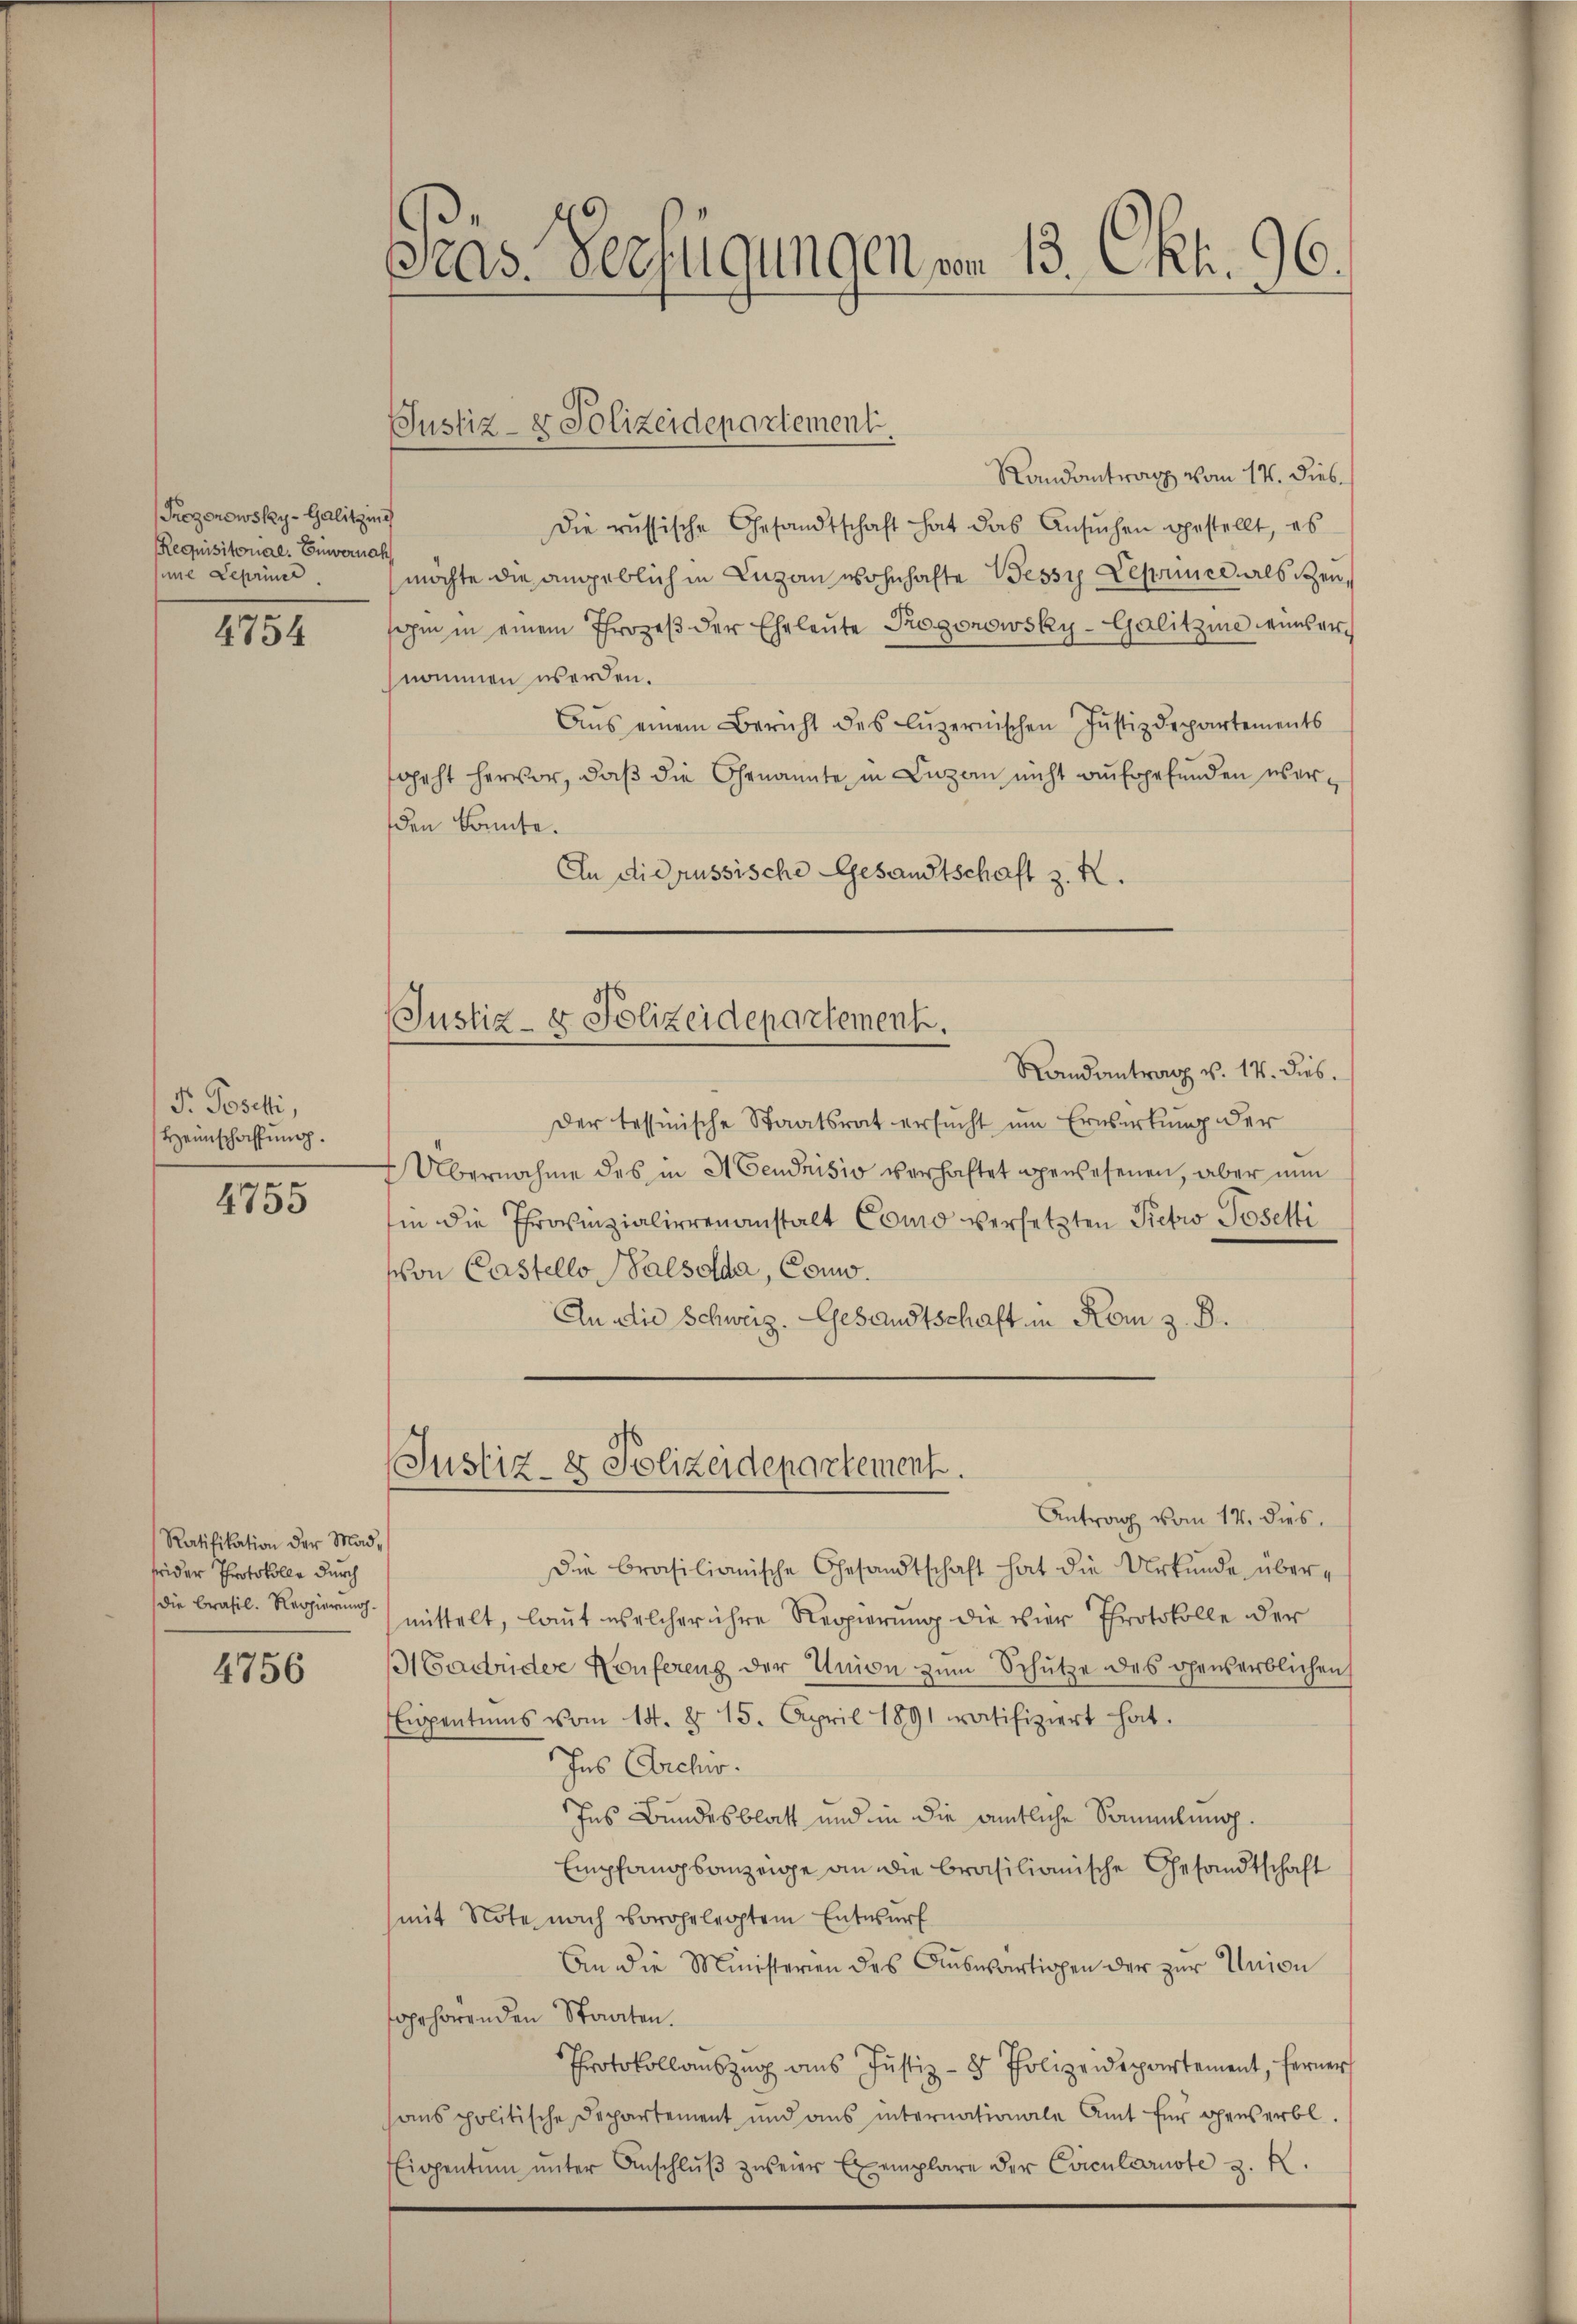
Prozonowsky-Galitzin
Requisitonal. Enworna
sine Leprie

4754

F. Poschli,
Heimschaffung.
e

4155

Ratifikation der Mad,
frider Protokolle durch
die Brasil. Regierung

4756

Präs. Verfügungen von 13. Okt. 96.

Justiz- & Polizeidepartement

(Justiz- & Polizeidepartement.
Randantrag v. 14. Dieb.

Randantrag vom 17. Dieba
Die russische Gesandtschaft hat das Ansŭchen gestellt, es
möchte die angeblich in Luzan wohnhafte Wessy Leprince, als Ben
sohn in einem Throzeβ der Eheleute Progonowsky-Galitzine weinsernommen werden.
Aŭs einem Bericht des Lŭzernischen Justizdepartements
geht hervor, daß die Genannte in Luzern nicht aufgefunden werden konnte.
An die russische Gesandtschaft z. R.
Der tessinische Staatsrat ersŭcht um Erwirkung der
 Übernahme des in Abendrisis verhaftet gewesenen, aber nun
hin die Provinzialierenanstalt Como versetzten Pietro Posetti
schon Castello-Valsolda, Como¬
An die Schweiz. Gesandtschaft in Kom z. B.
Justiz- & Polizeidepartement.
Antrag vom 14. dies
die Brasilianische Gesandtschaft hat die Urkunde übermittelt, laut welcher ihre Regierung die vier Protokolle der
Madrider Konferenz der Union zum Schütze des gewerblichen
Eispentums vom 14. d. 15. April 1891 ratifiziert hat.
Ins Archir.
Ins Bundesblatt und in die amtliche Sammlung.
Empfangsanzeige an die brasilianische Gesandtschaft
mit Note nach vorgelegtem Entwurf
An die Ministerien des Auswärtigen der zur Union
fgehörenden Staaten.
Protokollauszug aus Justiz- & Polizeidepartement, ferner
hans politische Departement und ans internationale Amt für gewerbl.
Eigentum unter Anschlŭβ zweier Exemplare der Circularste z. K.